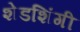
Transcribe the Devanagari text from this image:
शेडशिंगी